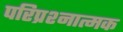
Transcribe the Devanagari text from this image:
परिप्रश्नात्मक